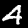
Digit: 4